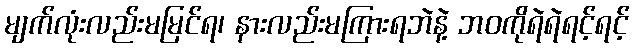
မျက်လုံးလည်းမမြင်ရ၊ နားလည်းမကြားရဘဲနဲ့ ဘဝကိုရဲရဲရင့်ရင့်